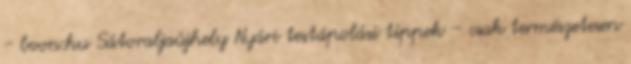
- boon.hu Sátoraljaújhely Nyári testápolási tippek – csak természetesen